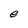
Character: e